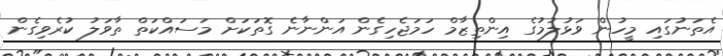
އެތަނުގައި މީހުން ވަޅުލުމުގެ އިންތިޒާމް ހަމަޖެހިގެން އަންނާނެ ގޮތަކަށް މަސައްކަތް ތާވަލު ކުރެވިގެން